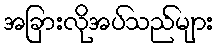
အခြားလိုအပ်သည်များ